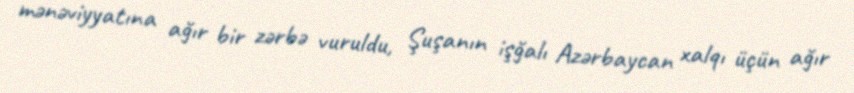
mənəviyyatına ağır bir zərbə vuruldu, Şuşanın işğalı Azərbaycan xalqı üçün ağır